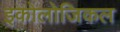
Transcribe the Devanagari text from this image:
इकोलोजिकल